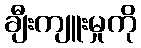
ချီးကျူးမှုကို